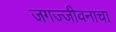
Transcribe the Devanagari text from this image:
जगज्जीवनाचा